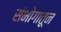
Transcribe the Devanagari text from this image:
संभोगातून